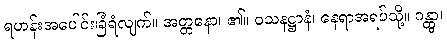
ရဟန်းအပေါင်းခြံရံလျက်။ အတ္တနော၊ ၏။ ဝသနဋ္ဌာနံ၊ နေရာအရပ်သို့။ ဂန္တွာ၊